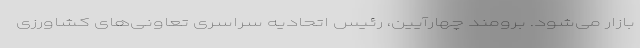
بازار می‌شود. برومند چهارآیین، رئیس اتحادیه سراسری تعاونی‌های کشاورزی